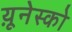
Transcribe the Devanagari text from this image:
य़ूनेस्को